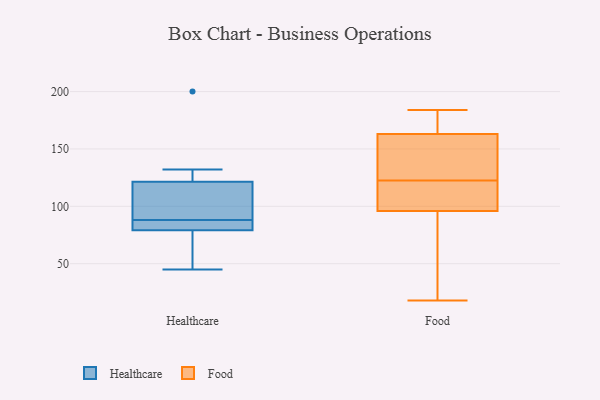
{"axis": {"x": "Waste Production (Tons)", "y": "Value"}, "legend": ["Food", "Healthcare"], "data": [{"x": "", "y": 78, "type": "Healthcare"}, {"x": "", "y": 54, "type": "Healthcare"}, {"x": "", "y": 120, "type": "Healthcare"}, {"x": "", "y": 122, "type": "Healthcare"}, {"x": "", "y": 200, "type": "Healthcare"}, {"x": "", "y": 45, "type": "Healthcare"}, {"x": "", "y": 110, "type": "Healthcare"}, {"x": "", "y": 83, "type": "Healthcare"}, {"x": "", "y": 132, "type": "Healthcare"}, {"x": "", "y": 85, "type": "Healthcare"}, {"x": "", "y": 88, "type": "Healthcare"}, {"x": "", "y": 149, "type": "Food"}, {"x": "", "y": 113, "type": "Food"}, {"x": "", "y": 76, "type": "Food"}, {"x": "", "y": 132, "type": "Food"}, {"x": "", "y": 140, "type": "Food"}, {"x": "", "y": 184, "type": "Food"}, {"x": "", "y": 113, "type": "Food"}, {"x": "", "y": 18, "type": "Food"}, {"x": "", "y": 98, "type": "Food"}, {"x": "", "y": 94, "type": "Food"}, {"x": "", "y": 180, "type": "Food"}, {"x": "", "y": 177, "type": "Food"}]}